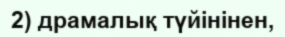
2) драмалық түйінінен,